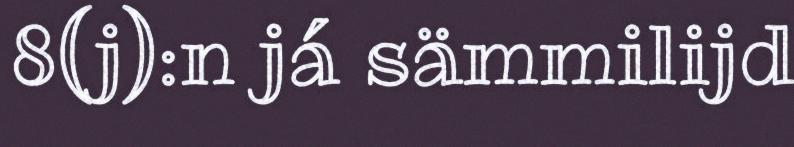
8(j):n já sämmilijd